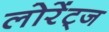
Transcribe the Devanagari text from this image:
लोरेंट्ज